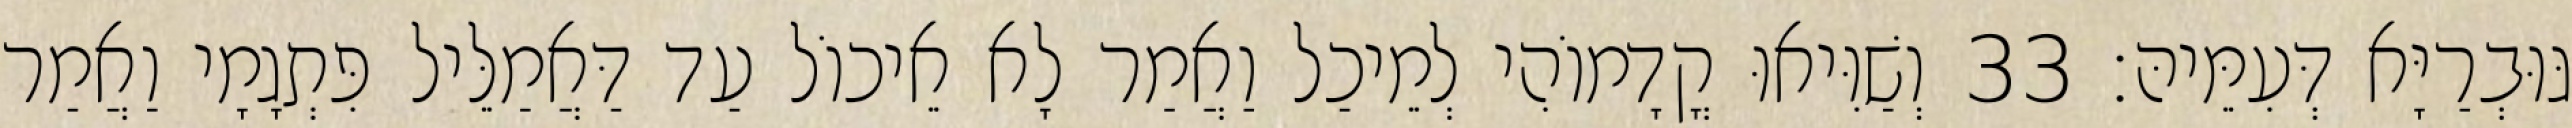
גּוּבְרַיָּא דְּעִמֵּיהּ׃ 33 וְשַׁוִּיאוּ קֳדָמוֹהִי לְמֵיכַל וַאֲמַר לָא אֵיכוֹל עַד דַּאֲמַלֵּיל פִּתְגָמָי וַאֲמַר